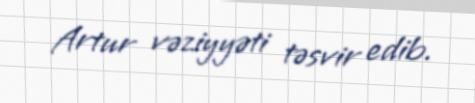
Artur vəziyyəti təsvir edib.